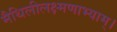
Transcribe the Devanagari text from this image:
मैथिलीलक्ष्मणाभ्याम्।